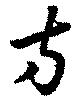
方